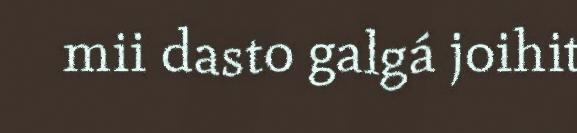
mii dasto galgá joihit